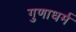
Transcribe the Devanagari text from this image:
गुणाधर्म